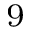
^ { 9 }